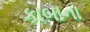
કાબાના